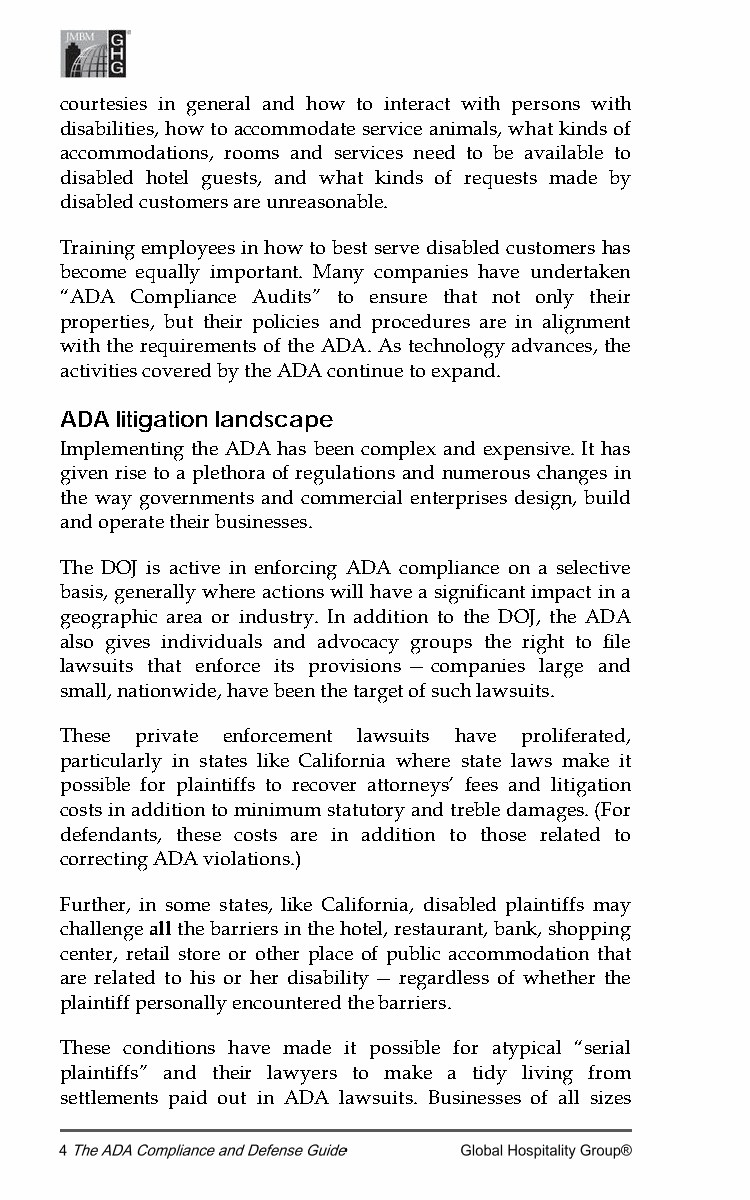
courtesies in general and how to interact with persons with
 disabilities, how to accommodate service animals, what kinds of
 accommodations, rooms and services need to be available to
 disabled hotel guests, and what kinds of requests made by
 disabled customers are unreasonable.
 Training employees in how to best serve disabled customers has
 become equally important. Many companies have undertaken
 “ADA Compliance Audits” to ensure that not only their
 properties, but their policies and procedures are in alignment
 with the requirements of the ADA. As technology advances, the
 activities covered by the ADA continue to expand.
 ADA litigation landscape
 Implementing the ADA has been complex and expensive. It has
 given rise to a plethora of regulations and numerous changes in
 the way governments and commercial enterprises design, build
 and operate their businesses.
 The DOJ is active in enforcing ADA compliance on a selective
 basis, generally where actions will have a significant impact in a
 geographic area or industry. In addition to the DOJ, the ADA
 also gives individuals and advocacy groups the right to file
 lawsuits that enforce its provisions — companies large and
 small, nationwide, have been the target of such lawsuits.
 These private enforcement lawsuits have proliferated,
 particularly in states like California where state laws make it
 possible for plaintiffs to recover attorneys’ fees and litigation
 costs in addition to minimum statutory and treble damages. (For
 defendants, these costs are in addition to those related to
 correcting ADA violations.)
 Further, in some states, like California, disabled plaintiffs may
 challenge all the barriers in the hotel, restaurant, bank, shopping
 center, retail store or other place of public accommodation that
 are related to his or her disability — regardless of whether the
 plaintiff personally encountered the barriers.
 These conditions have made it possible for atypical “serial
 plaintiffs” and their lawyers to make a tidy living from
 settlements paid out in ADA lawsuits. Businesses of all sizes